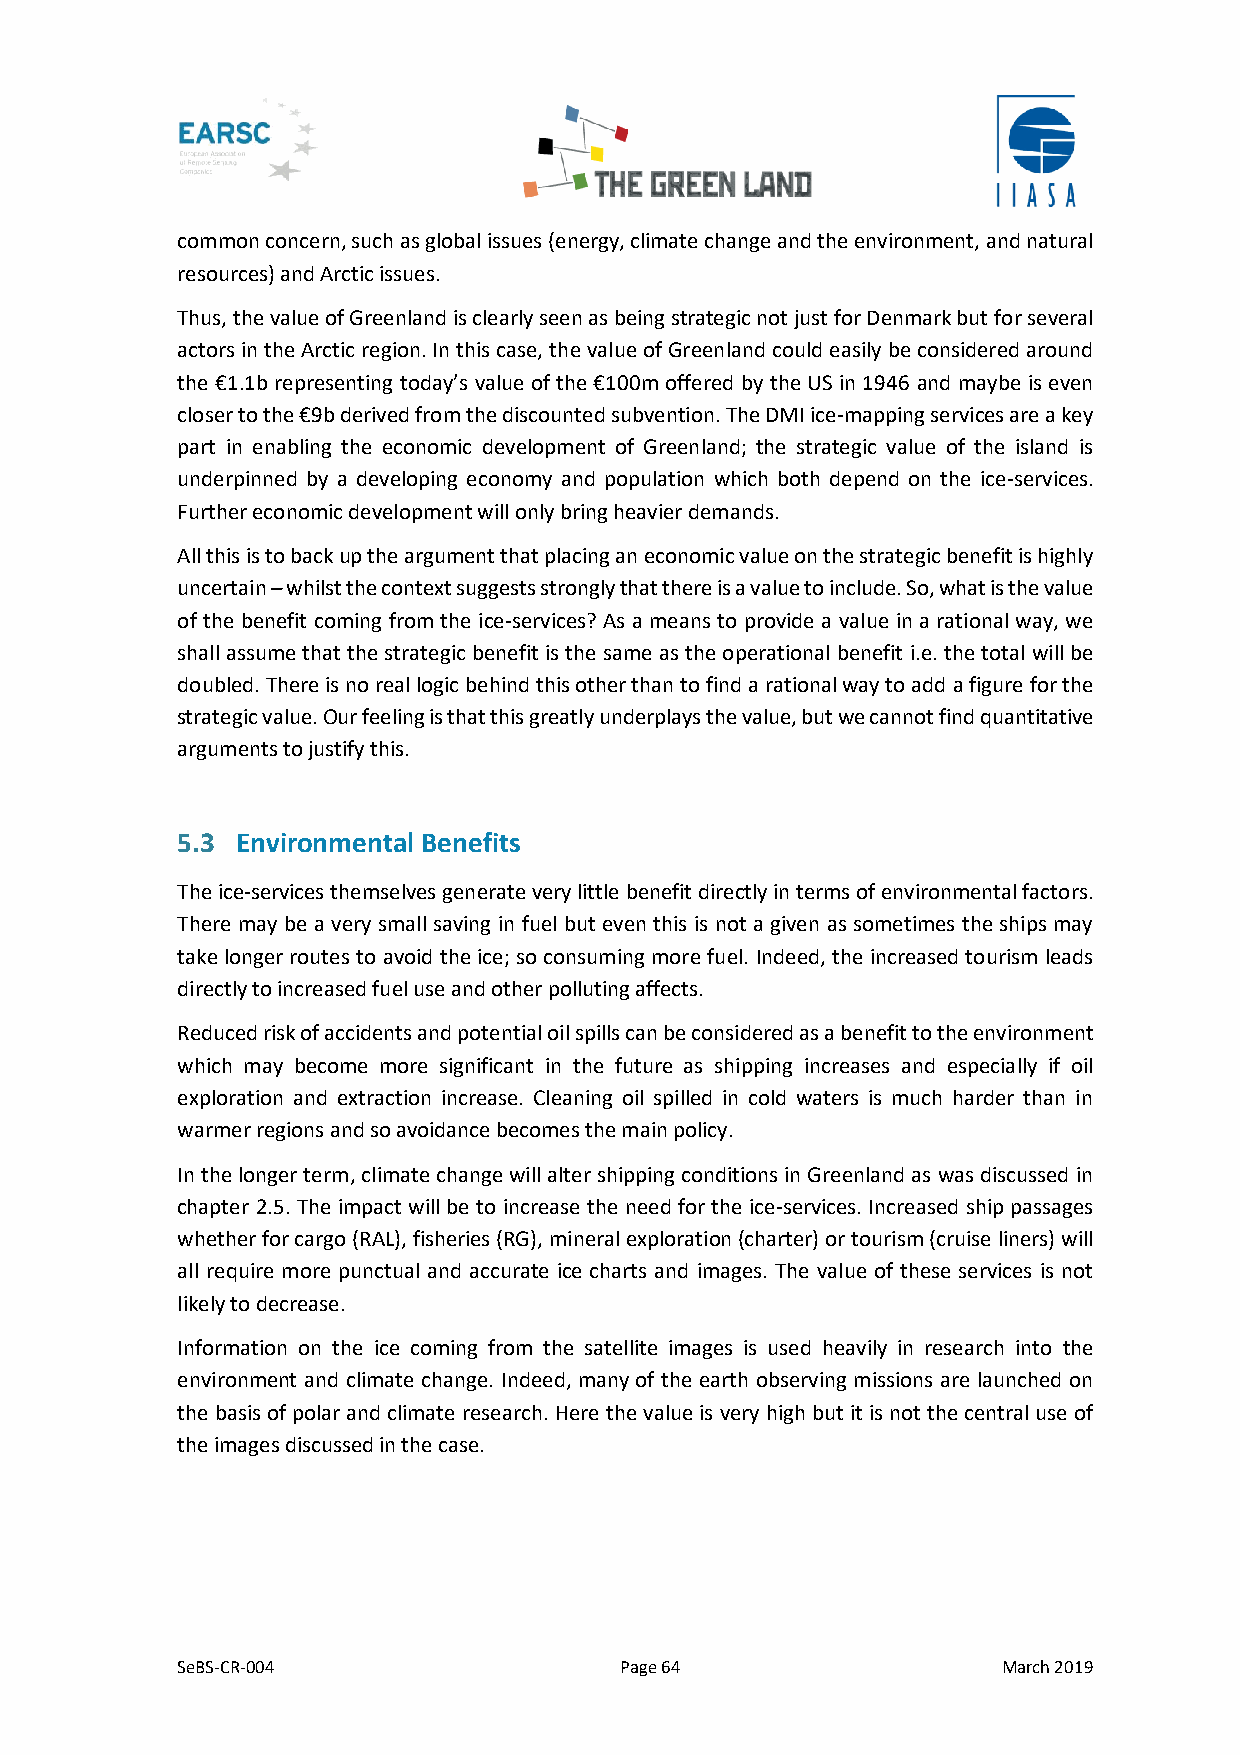
common concern, such as global issues (energy, climate change and the environment, and natural
 resources) and Arctic issues.
 Thus, the value of Greenland is clearly seen as being strategic not just for Denmark but for several
 actors in the Arctic region. In this case, the value of Greenland could easily be considered around
 the €1.1b representing today’s value of the €100m offered by the US in 1946 and maybe is even
 closer to the €9b derived from the discounted subvention. The DMI ice-mapping services are a key
 part in enabling the economic development of Greenland; the strategic value of the island is
 underpinned by a developing economy and population which both depend on the ice-services.
 Further economic development will only bring heavier demands.
 All this is to back up the argument that placing an economic value on the strategic benefit is highly
 uncertain – whilst the context suggests strongly that there is a value to include. So, what is the value
 of the benefit coming from the ice-services? As a means to provide a value in a rational way, we
 shall assume that the strategic benefit is the same as the operational benefit i.e. the total will be
 doubled. There is no real logic behind this other than to find a rational way to add a figure for the
 strategic value. Our feeling is that this greatly underplays the value, but we cannot find quantitative
 arguments to justify this.
 5.3 Environmental Benefits
 The ice-services themselves generate very little benefit directly in terms of environmental factors.
 There may be a very small saving in fuel but even this is not a given as sometimes the ships may
 take longer routes to avoid the ice; so consuming more fuel. Indeed, the increased tourism leads
 directly to increased fuel use and other polluting affects.
 Reduced risk of accidents and potential oil spills can be considered as a benefit to the environment
 which may become more significant in the future as shipping increases and especially if oil
 exploration and extraction increase. Cleaning oil spilled in cold waters is much harder than in
 warmer regions and so avoidance becomes the main policy.
 In the longer term, climate change will alter shipping conditions in Greenland as was discussed in
 chapter 2.5. The impact will be to increase the need for the ice-services. Increased ship passages
 whether for cargo (RAL), fisheries (RG), mineral exploration (charter) or tourism (cruise liners) will
 all require more punctual and accurate ice charts and images. The value of these services is not
 likely to decrease.
 Information on the ice coming from the satellite images is used heavily in research into the
 environment and climate change. Indeed, many of the earth observing missions are launched on
 the basis of polar and climate research. Here the value is very high but it is not the central use of
 the images discussed in the case.
 SeBS-CR-004                  Page 64                  March 2019